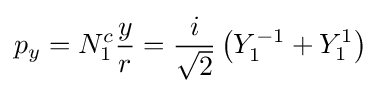
p_{y}=N_{1}^{c}{\frac {y}{r}}={\frac {i}{\sqrt {2}}}\left(Y_{1}^{-1}+Y_{1}^{1}\right)